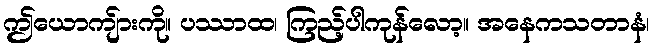
ဤယောကျ်ားကို။ ပဿာထ၊ ကြည့်ပါကုန်လော့။ အနေကသတာနံ၊